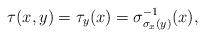
LaTeX: \begin{align*}\tau(x,y)=\tau_y(x)=\sigma^{-1}_{\sigma_x(y)}(x),\end{align*}